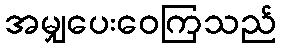
အမျှပေးဝေကြသည်